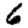
Digit: 6